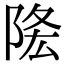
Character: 𨹠